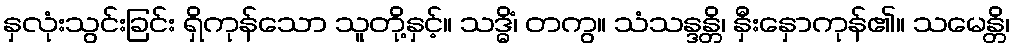
နှလုံးသွင်းခြင်း ရှိကုန်သော သူတို့နှင့်။ သဒ္ဓိံ၊ တကွ။ သံသန္ဒန္တိ၊ နှီးနှောကုန်၏။ သမေန္တိ၊